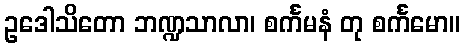
ဥဒေါသိတော ဘဏ္ဍသာလာ၊ စင်္ကမနံ တု စင်္ကမော။